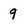
Character: 9